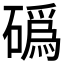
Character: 䃣